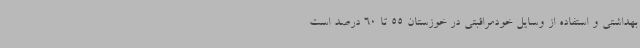
بهداشتی و استفاده از وسایل خودمراقبتی در خوزستان 55 تا 60 درصد است